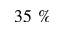
3 5 ~ \%